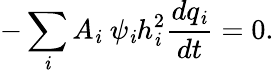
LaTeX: -\sum_{\mathit{i}}A_{\mathit{i}}\; \psi_{\mathit{i}}h_{\mathit{i}}^{2}\frac{{dq_{\mathit{i}}}}{{dt}}=0.